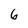
Character: 6